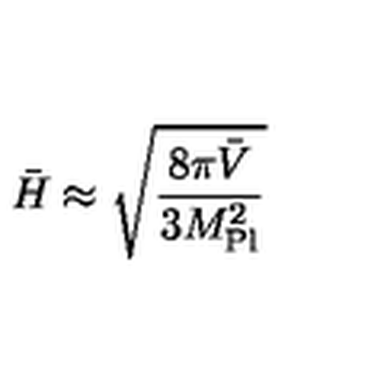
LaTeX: \bar { H } \approx \sqrt { \frac { 8 \pi \bar { V } } { 3 M _ { \mathrm { P l } } ^ { 2 } } }